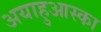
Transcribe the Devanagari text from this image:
अयाहुआस्का